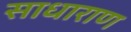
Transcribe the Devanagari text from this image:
साधाराण